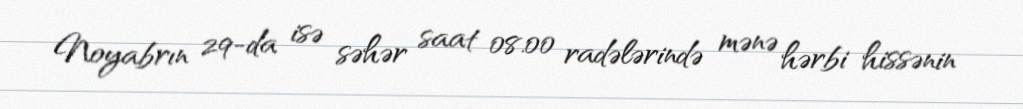
Noyabrın 29-da isə səhər saat 08.00 radələrində mənə hərbi hissənin